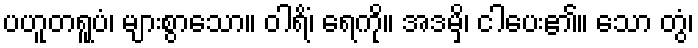
ပဟူတရူပံ၊ များစွာသော။ ဝါရိံ၊ ရေကို။ အဒမှိ၊ ငါပေး၏။ သော တွံ၊